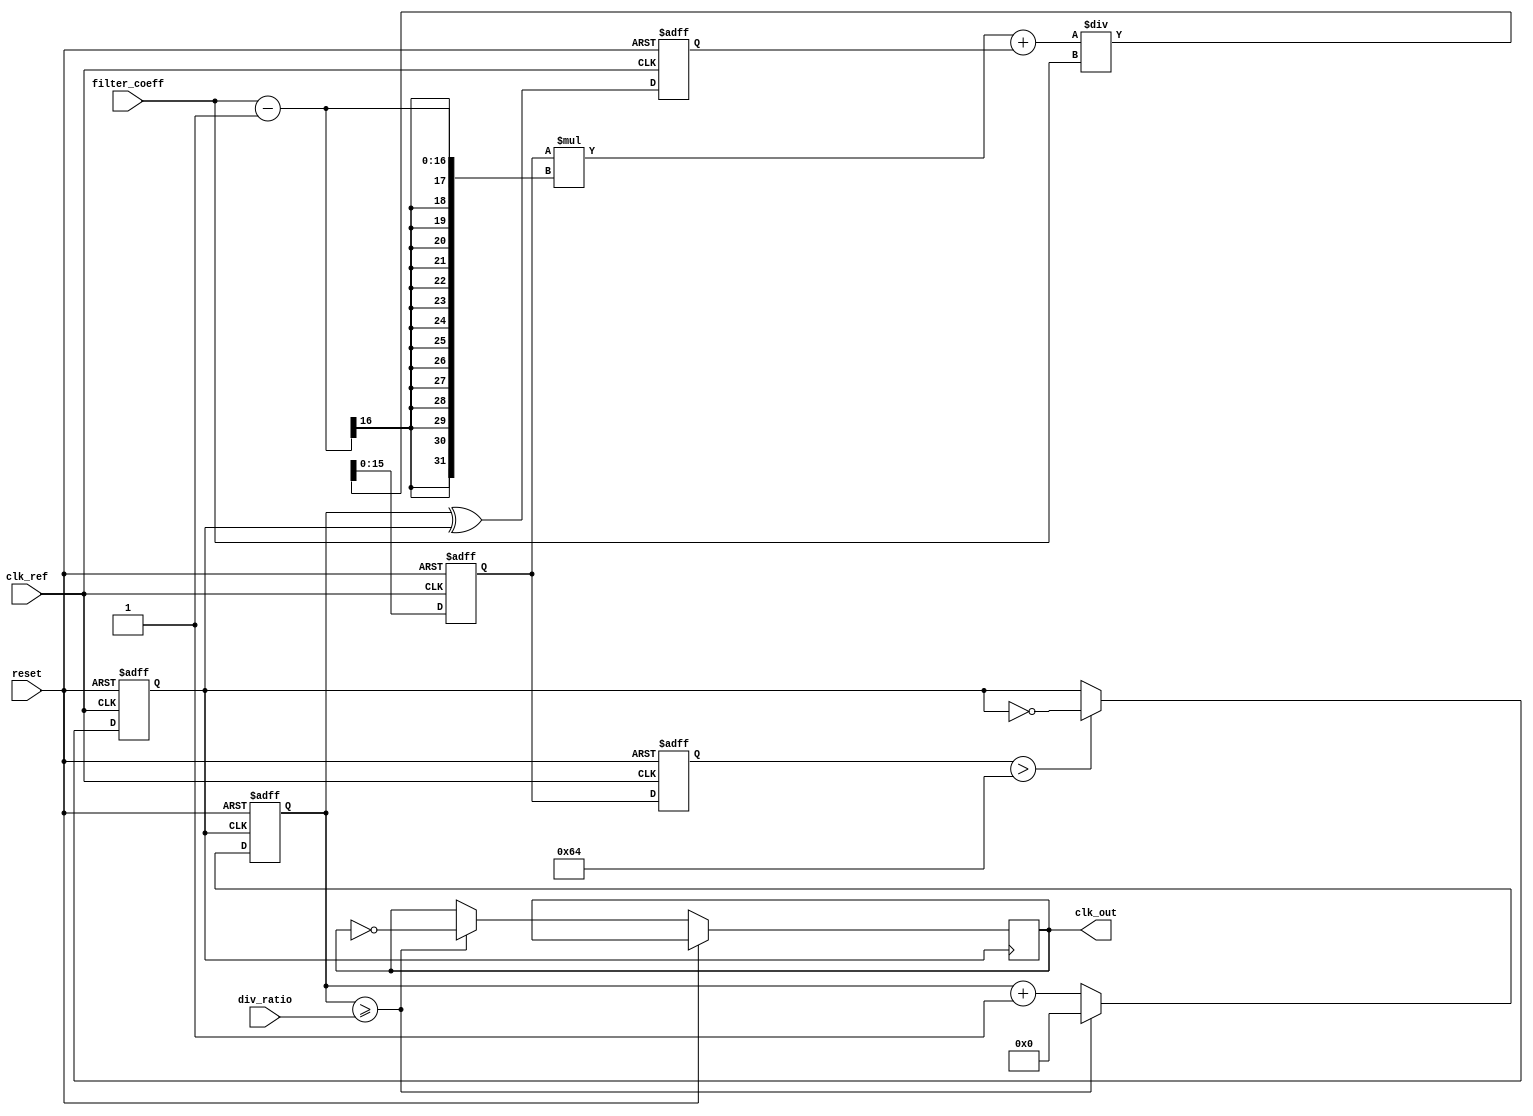
module fractional_PLL (
    input wire clk_ref,             // Reference clock input
    input wire reset,               // Reset signal
    input wire [15:0] div_ratio,    // Division ratio for frequency divider
    input wire [15:0] filter_coeff,  // Coefficient for loop filter
    output reg clk_out              // Output clock
);

    // Internal signals
    reg [15:0] phase_err;           // Phase error signal
    reg [15:0] filtered_err;        // Filtered error signal
    reg [15:0] vco_freq;            // VCO frequency control
    reg [15:0] feedback;            // Feedback from frequency divider
    reg vco_output;                 // Output of VCO

    // Phase Detector (PD) - Simple XOR phase detector
    always @(posedge clk_ref or posedge reset) begin
        if (reset) begin
            phase_err <= 0;
        end else begin
            phase_err <= (feedback ^ vco_output); // Phase error calculation
        end
    end

    // Loop Filter (Simple first-order filter)
    always @(posedge clk_ref or posedge reset) begin
        if (reset) begin
            filtered_err <= 0;
        end else begin
            filtered_err <= (filtered_err * (filter_coeff - 1) + phase_err) / filter_coeff; // Low-pass filtering
        end
    end

    // Voltage-Controlled Oscillator (VCO)
    always @(posedge clk_ref or posedge reset) begin
        if (reset) begin
            vco_freq <= 0;
            vco_output <= 0;
        end else begin
            vco_freq <= filtered_err; // Control frequency based on filtered error
            vco_output <= (vco_freq > 100) ? ~vco_output : vco_output; // Simple frequency toggling
        end
    end

    // Frequency Divider
    always @(posedge vco_output or posedge reset) begin
        if (reset) begin
            feedback <= 0;
        end else begin
            feedback <= feedback + 1;
            if (feedback >= div_ratio) begin
                feedback <= 0;
                clk_out <= ~clk_out; // Toggle output clock
            end
        end
    end

endmodule